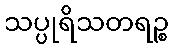
သပ္ပုရိသတရဉ္စ